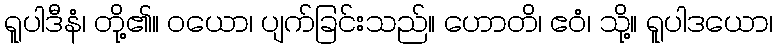
ရူပါဒီနံ၊ တို့၏။ ဝယော၊ ပျက်ခြင်းသည်။ ဟောတိ၊ ဧဝံ၊ သို့။ ရူပါဒယော၊